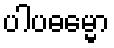
ပါပဓမ္မော